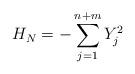
LaTeX: \begin{align*}H_N=-\sum^{n+m}_{j=1}Y_j^2\end{align*}